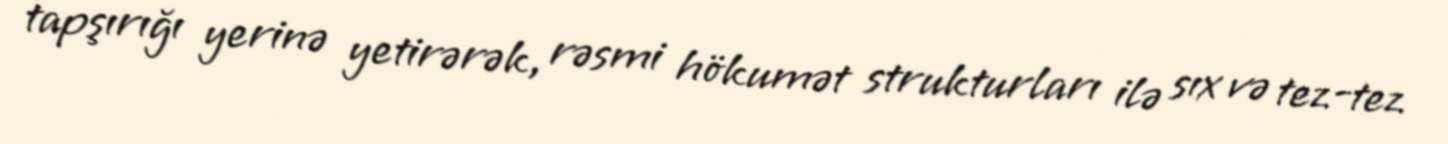
tapşırığı yerinə yetirərək, rəsmi hökumət strukturları ilə sıx və tez-tez